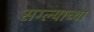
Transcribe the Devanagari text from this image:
सग्ल्याच्या